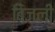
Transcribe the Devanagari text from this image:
बिजली